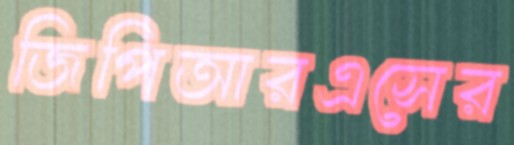
জিপিআরএসের